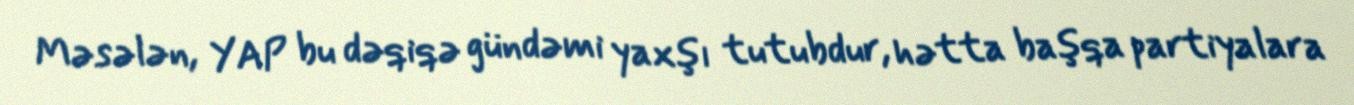
Məsələn, YAP bu dəqiqə gündəmi yaxşı tutubdur, hətta başqa partiyalara